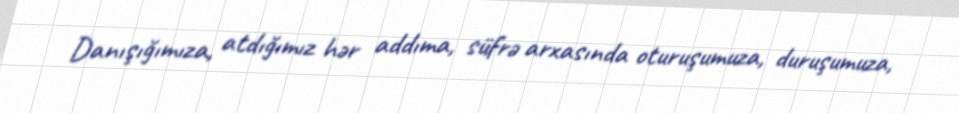
Danışığımıza, atdığımız hər addıma, süfrə arxasında oturuşumuza, duruşumuza,